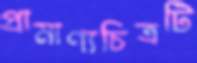
প্রামাণ্যচিত্রটি